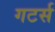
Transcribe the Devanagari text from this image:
गटर्स